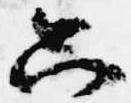
只